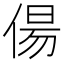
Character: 偒